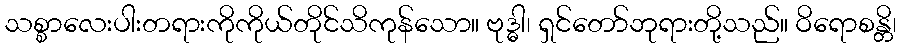
သစ္စာလေးပါးတရားကိုကိုယ်တိုင်သိကုန်သော။ ဗုဒ္ဓါ၊ ရှင်တော်ဘုရားတို့သည်။ ဝိရောစန္တိ၊